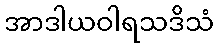
အာဒါယဝါရသဒိသံ